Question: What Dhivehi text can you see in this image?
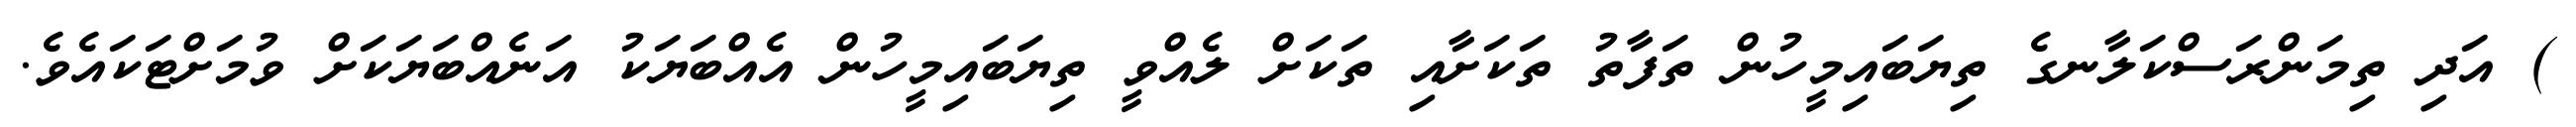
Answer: ) އަދި ތިމަންރަސްކަލާނގެ ތިޔަބައިމީހުން ތަފާތު ތަކަށާއި ތަކަށް ލެއްވީ ތިޔަބައިމީހުން އެއްބަޔަކު އަނެއްބަޔަކަށް ވުމަށްޓަކައެވެ.